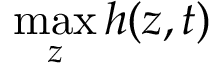
\operatorname* { m a x } _ { z } h ( z , t )